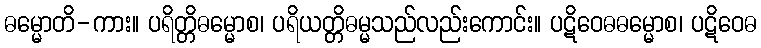
ဓမ္မောတိ-ကား။ ပရိတ္တိဓမ္မောစ၊ ပရိယတ္တိဓမ္မသည်လည်းကောင်း။ ပဋိဝေဓဓမ္မောစ၊ ပဋိဝေဓ